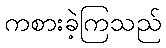
ကစားခဲ့ကြသည်